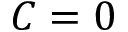
C = 0